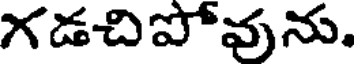
గడచిపోవును.